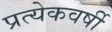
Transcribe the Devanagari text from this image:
प्रत्येकवर्षी